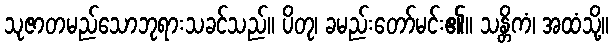
သုဇာတမည်သောဘုရားသခင်သည်။ ပိတု၊ ခမည်းတော်မင်း၏။ သန္တိကံ၊ အထံသို့။